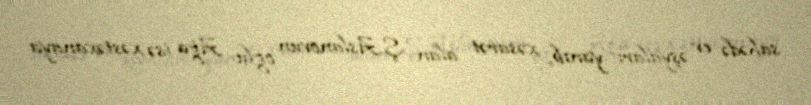
sahədə ev əşyaları yanıb, xəsarət alan Ş.Aslanovun oğlu Ağa isə xəstəxanaya